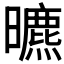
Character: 𣋳